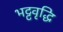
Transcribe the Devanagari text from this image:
भट्टवृद्धि